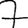
Digit: 7